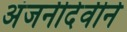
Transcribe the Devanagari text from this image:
अंजनीदेवीने